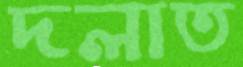
দলাত